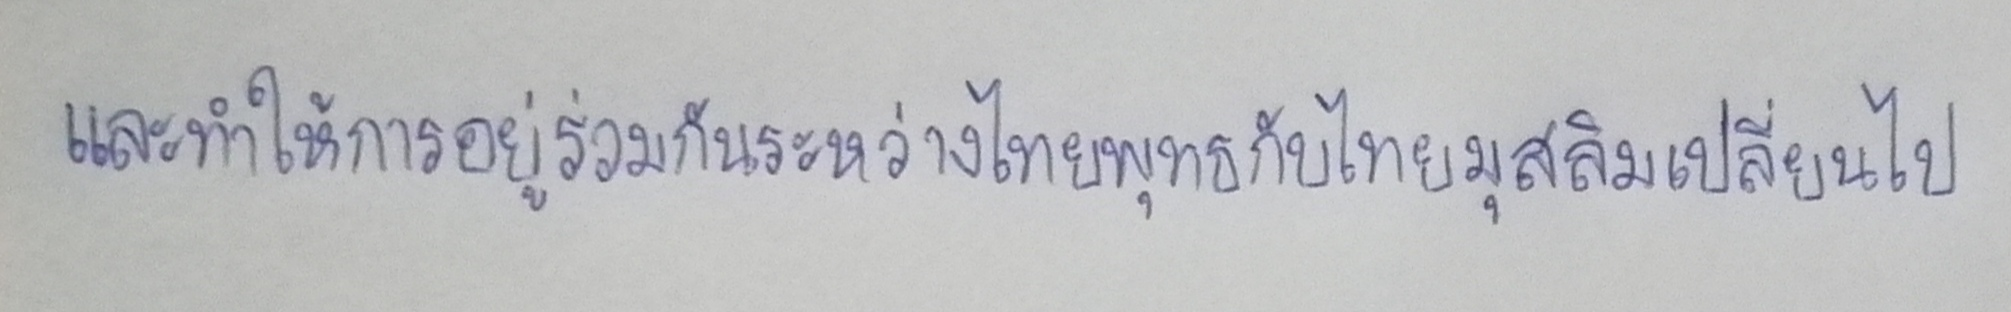
และทำให้การอยู่ร่วมกันระหว่างไทยพุทธกับไทยมุสลิมเปลี่ยนไป